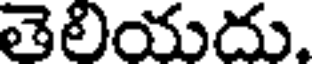
తెలియదు.